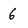
Character: 6